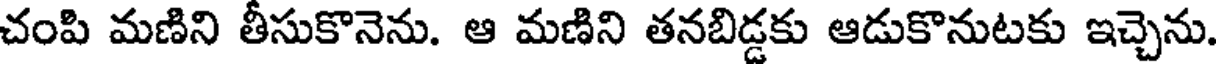
చంపి మణిని తీసుకొనెను. ఆ మణిని తనబిడ్డకు ఆడుకొనుటకు ఇచ్చెను.